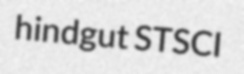
hindgut STSCI